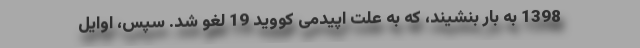
1398 به بار بنشیند، که به علت اپیدمی کووید 19 لغو شد. سپس، اوایل